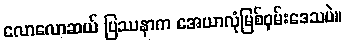
လောလောဆယ် ပြဿနာက အေယာလုံမြစ်ဝှမ်းဒေသပဲ။